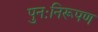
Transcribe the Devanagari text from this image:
पुनःनिरूपण